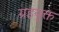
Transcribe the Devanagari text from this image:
ग्रहयुक्त